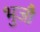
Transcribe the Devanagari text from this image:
भुजौ